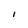
Character: I